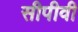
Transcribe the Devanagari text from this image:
सीपीवी